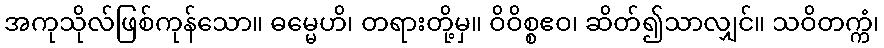
အကုသိုလ်ဖြစ်ကုန်သော။ ဓမ္မေဟိ၊ တရားတို့မှ။ ဝိဝိစ္စဧဝ၊ ဆိတ်၍သာလျှင်။ သဝိတက္ကံ၊